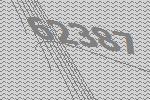
62387